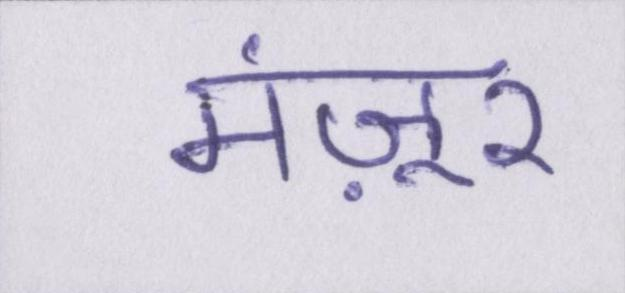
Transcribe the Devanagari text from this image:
मंज़ूर